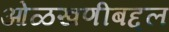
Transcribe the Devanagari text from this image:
ओळखणीबद्दल